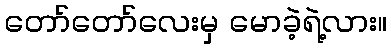
တော်တော်လေးမှ မောခဲ့ရဲ့လား။